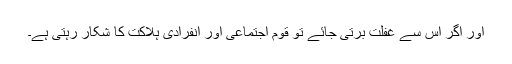
اور اگر اس سے غفلت برتی جائے تو قوم اِجتماعی اور انفرادی ہلاکت کا شکار رہتی ہے۔